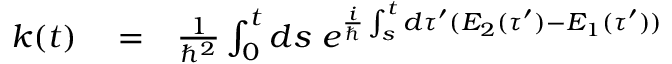
\begin{array} { r l r } { k ( t ) } & { { } = } & { \frac { 1 } { \hbar ^ { 2 } } \int _ { 0 } ^ { t } d s \ e ^ { \frac { i } { \hbar } \int _ { s } ^ { t } d \tau ^ { \prime } ( E _ { 2 } ( \tau ^ { \prime } ) - E _ { 1 } ( \tau ^ { \prime } ) ) } } \end{array}